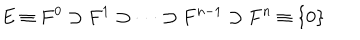
E \equiv F ^ { 0 } \supset F ^ { 1 } \supset \cdots \supset F ^ { n - 1 } \supset F ^ { n } \equiv \{ 0 \}